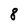
Character: 8